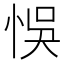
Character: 悞